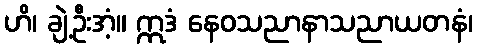
ဟိ၊ ချဲ့ဦးအံ့။ ဣဒံ နေဝသညာနာသညာယတနံ၊